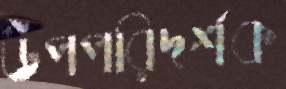
উপপরিদর্শক